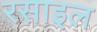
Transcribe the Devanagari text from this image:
रसाइल